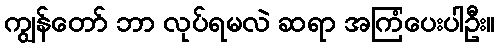
ကျွန်တော် ဘာ လုပ်ရမလဲ ဆရာ အကြံပေးပါဦး။